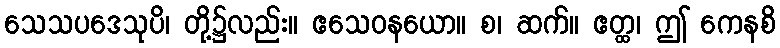
သေသပဒေသုပိ၊ တို့၌လည်း။ ဧသေဝနယော။ စ၊ ဆက်။ ဧတ္ထ၊ ဤ ကေနစိ